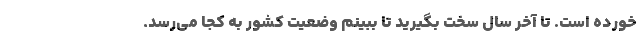
خورده است. تا آخر سال سخت بگیرید تا ببینم وضعیت کشور به کجا می‌رسد.